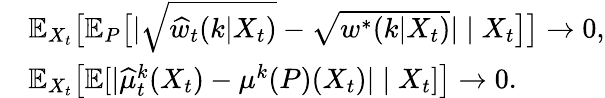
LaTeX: \begin{array}{rl}&{\mathbb{E}_{X_{t}}\big[\mathbb{E}_{P}\big[|\sqrt{\widehat{w}_{t}(k|X_{t})}-\sqrt{w^{*}(k|X_{t})}|\mid X_{t}\big]\big]\to 0,}\\ &{\mathbb{E}_{X_{t}}\big[\mathbb{E}[|\widehat{\mu}_{t}^{k}(X_{t})-\mu^{k}(P)(X_{t})|\mid X_{t}]\big]\to 0.}\end{array}